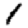
Digit: 1